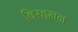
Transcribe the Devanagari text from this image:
बिरहमन